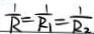
\frac { 1 } { R } = \frac { 1 } { R _ { 1 } } = \frac { 1 } { R _ { 2 } }